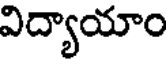
విద్యాయాం